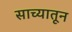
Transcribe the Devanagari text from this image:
साच्यातून